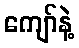
ကျော်နဲ့